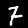
Digit: 7